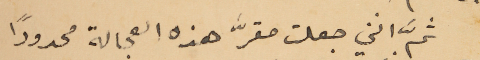
ثمَّ انني جعلت مقرَّ هذه العجالة محدودًا